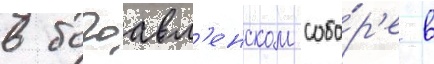
в богоавл'енском собо́р'е в